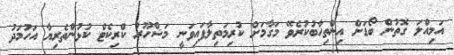
އަމިއްލަ ގޮތުން ބޯޑަށް އިންތިހާބުކުރެވޭ މަގާމަށް ކުރިމަތިލާފައިވަނީ މަޝްހޫރު ކްރިކެޓް ކުޅުންތެރިޔާ އަހުމަދު